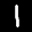
Label: 1